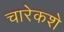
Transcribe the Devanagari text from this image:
चारेकशे